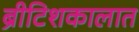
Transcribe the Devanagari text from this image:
ब्रीटिशकालात